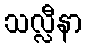
သလ္လီနာ